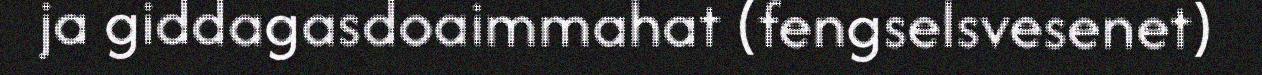
ja giddagasdoaimmahat (fengselsvesenet)